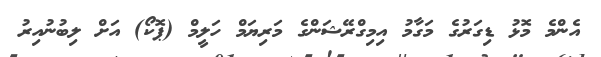
އެންމެ މޮޅު ޑިގަރުގެ މަގާމު އިމިގްރޭޝަންގެ މަރިޔަމް ހަލީމް (ޕޮކޯ) އަށް ލިބުނުއިރު